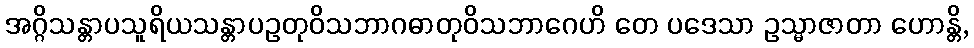
အဂ္ဂိသန္တာပသူရိယသန္တာပဥတုဝိသဘာဂဓာတုဝိသဘာဂေဟိ တေ ပဒေသာ ဥသ္မာဇာတာ ဟောန္တိ,